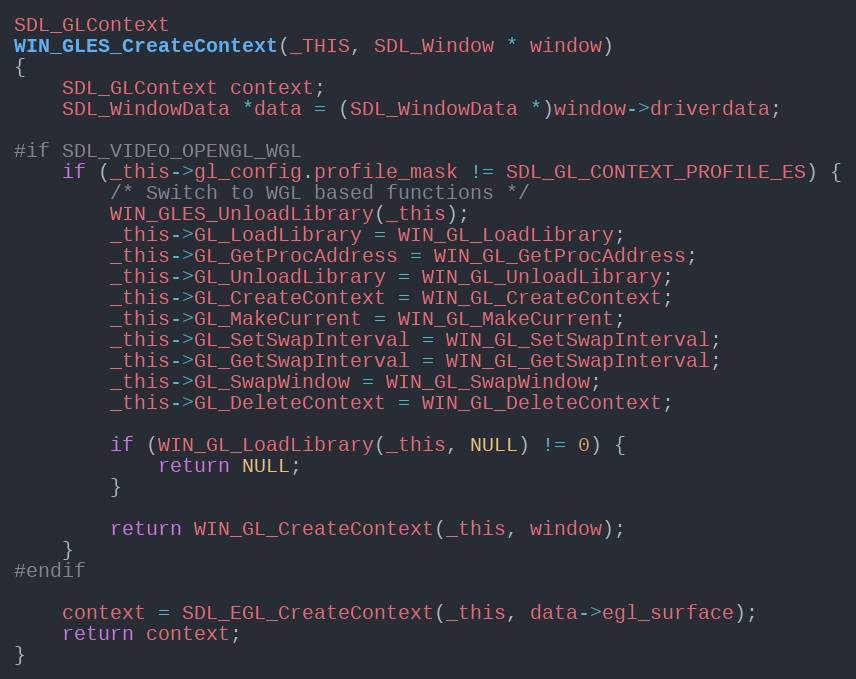
Language: C
SDL_GLContext
WIN_GLES_CreateContext(_THIS, SDL_Window * window)
{
    SDL_GLContext context;
    SDL_WindowData *data = (SDL_WindowData *)window->driverdata;

#if SDL_VIDEO_OPENGL_WGL
    if (_this->gl_config.profile_mask != SDL_GL_CONTEXT_PROFILE_ES) {
        /* Switch to WGL based functions */
        WIN_GLES_UnloadLibrary(_this);
        _this->GL_LoadLibrary = WIN_GL_LoadLibrary;
        _this->GL_GetProcAddress = WIN_GL_GetProcAddress;
        _this->GL_UnloadLibrary = WIN_GL_UnloadLibrary;
        _this->GL_CreateContext = WIN_GL_CreateContext;
        _this->GL_MakeCurrent = WIN_GL_MakeCurrent;
        _this->GL_SetSwapInterval = WIN_GL_SetSwapInterval;
        _this->GL_GetSwapInterval = WIN_GL_GetSwapInterval;
        _this->GL_SwapWindow = WIN_GL_SwapWindow;
        _this->GL_DeleteContext = WIN_GL_DeleteContext;

        if (WIN_GL_LoadLibrary(_this, NULL) != 0) {
            return NULL;
        }

        return WIN_GL_CreateContext(_this, window);
    }
#endif

    context = SDL_EGL_CreateContext(_this, data->egl_surface);
    return context;
}